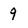
Character: 9